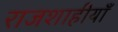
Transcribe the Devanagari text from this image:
राजशाहीयाँ